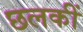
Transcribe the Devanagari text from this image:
छलकीं